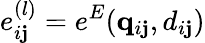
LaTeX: e_{i\mathbf{j}}^{(l)}=e^{E}(\mathbf{{q}}_{i\mathbf{j}},d_{i\mathbf{j}})